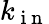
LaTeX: k_{\mathrm{~i~n~}}